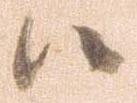
候